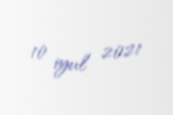
10 iyul 2021